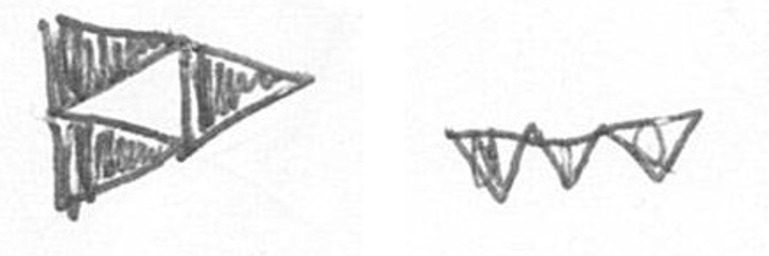
K L